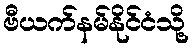
ဗီယက်နမ်နိုင်ငံသို့